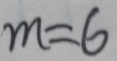
m = 6